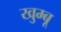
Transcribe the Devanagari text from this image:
खुम्बू